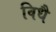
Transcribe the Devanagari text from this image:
विधै